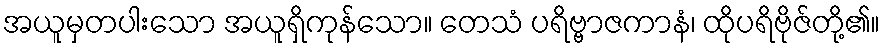
အယူမှတပါးသော အယူရှိကုန်သော။ တေသံ ပရိဗ္ဗာဇကာနံ၊ ထိုပရိဗိုဇ်တို့၏။